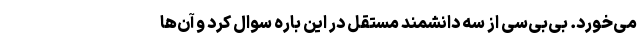
می‌خورد. بی‌بی‌سی از سه دانشمند مستقل در این باره سوال کرد و آن‌ها